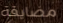
مضايقة